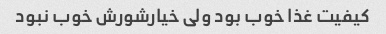
کیفیت غذا خوب بود ولی خیارشورش خوب نبود